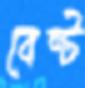
বেন্ট